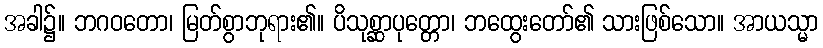
အခါ၌။ ဘဂဝတော၊ မြတ်စွာဘုရား၏။ ပိသုစ္ဆာပုတ္တော၊ ဘထွေးတော်၏ သားဖြစ်သော။ အာယသ္မာ